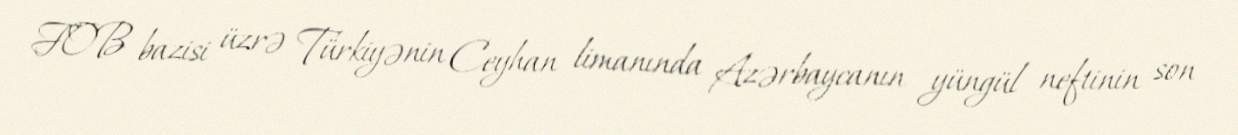
FOB bazisi üzrə Türkiyənin Ceyhan limanında Azərbaycanın yüngül neftinin son